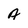
Character: A